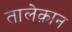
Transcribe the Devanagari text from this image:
तालेक़ान